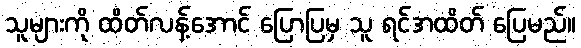
သူများကို ထိတ်လန့်အောင် ပြောပြမှ သူ ရင်အထိတ် ပြေမည်။